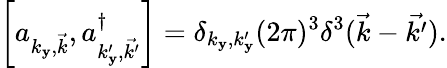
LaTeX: \left[a_{{k_{\mathbf{y}}},\vec{{k}}},a_{{k_{\mathbf{y}}^{\prime}},\vec{{k^{\prime}}}}^{\dagger}\right]=\delta_{{k_{\mathbf{y}}},{k_{\mathbf{y}}^{\prime}}}(2\pi)^{3}{\delta}^{3}(\vec{{k}}-\vec{{k^{\prime}}}).